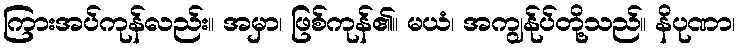
ကြားအပ်ကုန်လည်း။ အမှာ၊ ဖြစ်ကုန်၏။ မယံ၊ အကျွန်ုပ်တို့သည်။ နိပုဏာ၊